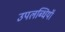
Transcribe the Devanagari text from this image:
उपलब्धियॉ